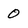
Character: 0